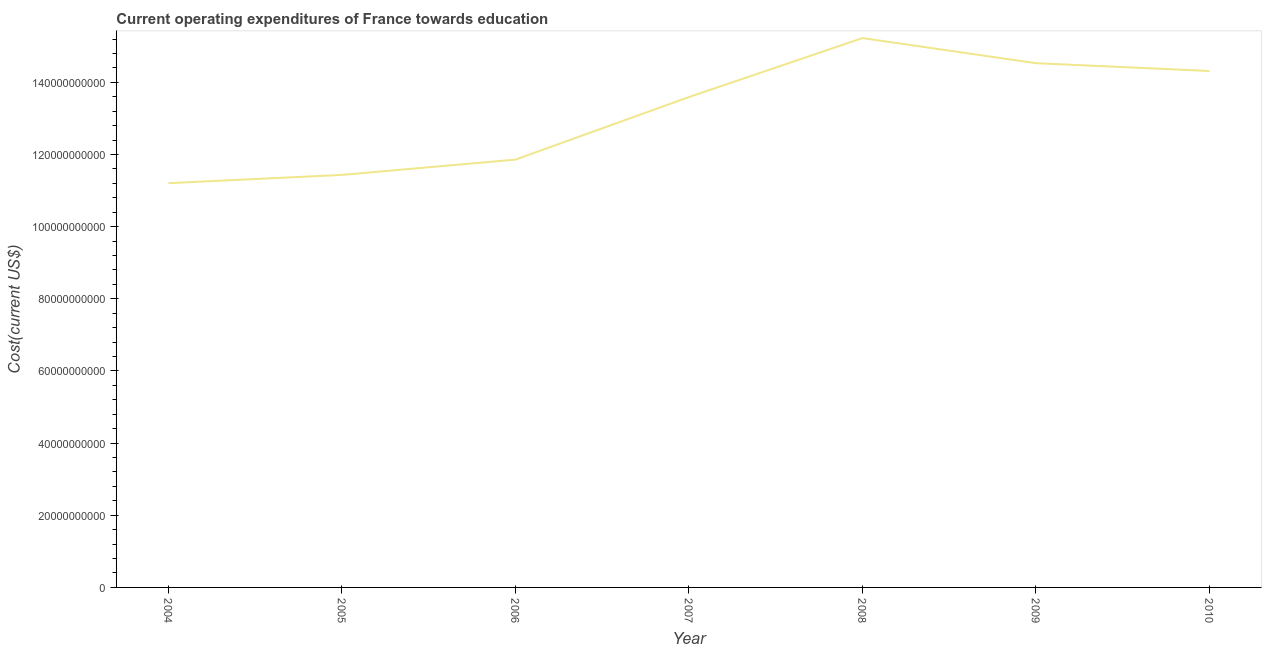
| Year | Education expenditure |
 | --- | --- |
 | 2004 | 1.12e+11 |
 | 2005 | 1.14e+11 |
 | 2006 | 1.19e+11 |
 | 2007 | 1.36e+11 |
 | 2008 | 1.52e+11 |
 | 2009 | 1.45e+11 |
 | 2010 | 1.43e+11 |